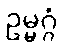
ဥမ္မဂ္ဂံ